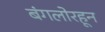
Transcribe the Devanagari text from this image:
बंगलोरहून